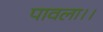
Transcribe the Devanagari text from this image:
पावला।।